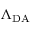
\Lambda _ { \mathrm { D A } }